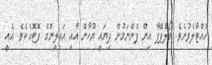
ހުއްޓާލެވުނެވެ. ވޯލްޕޭޕާ އިން ފެންނަމުން ދިޔައީ ޔޫހާން އާއި އައިލީންގެ ފޮޓޮއެކެވެ. އެއީ